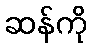
ဆန်ကို